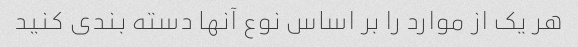
هر یک از موارد را بر اساس نوع آنها دسته بندی کنید